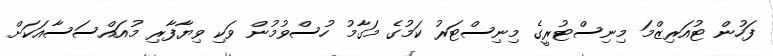
ފަހުން ޓުއަރިޒްމަ މިނިސްޓުރީގެ މިނިސްޓަރު ކަމުގެ މަގާމު ހުސްވުމުން ވަކި ވިޔާފާރި މުއައްސަސާއަކަށް